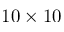
1 0 \times 1 0